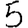
Digit: 5